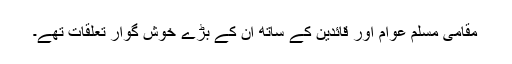
مقامی مسلم عوام اور قائدین کے ساتھ ان کے بڑے خوش گوار تعلقات تھے۔